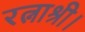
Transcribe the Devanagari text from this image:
रत्नाश्री।